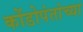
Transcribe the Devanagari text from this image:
कोंडोपंतांच्या